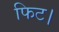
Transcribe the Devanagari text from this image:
फिट।